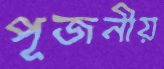
পূজনীয়